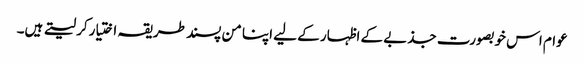
عوام اس خوبصورت جذبے کے اظہار کے لیے اپنا من پسند طریقہ اختیارکر لیتے ہیں۔